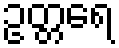
ဥတ္တရေ